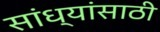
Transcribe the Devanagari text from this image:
सांध्यांसाठी